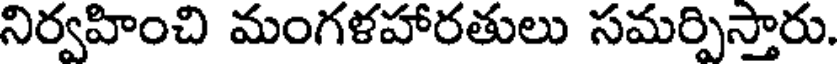
నిర్వహించి మంగళహారతులు సమర్పిస్తారు.